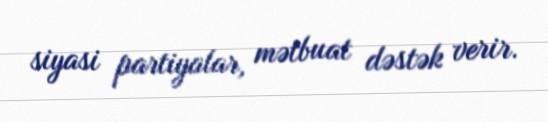
siyasi partiyalar, mətbuat dəstək verir.